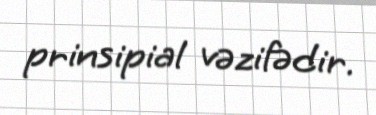
prinsipial vəzifədir.